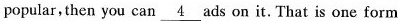
popular, then you can \underline{4} ads on it. That is one form